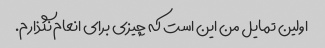
اولین تمایل من این است که چیزی برای انعام نگذارم.